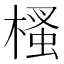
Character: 㮻